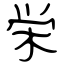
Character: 栄